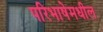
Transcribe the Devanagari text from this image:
परिभाषेमधील